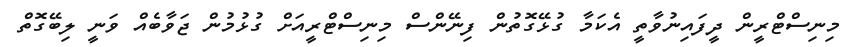
މިނިސްޓްރީން ދީފައިނުވާތީ އެކަމާ ގުޅޭގޮތުން ފިނޭންސް މިނިސްޓްރީއަށް ގުޅުމުން ޖަވާބެއް ވަނީ ލިބޭގޮތް